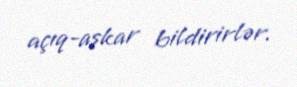
açıq-aşkar bildirirlər.